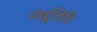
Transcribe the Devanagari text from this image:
नंबूतिरि